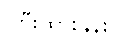
ကြီးထွားနှုန်း